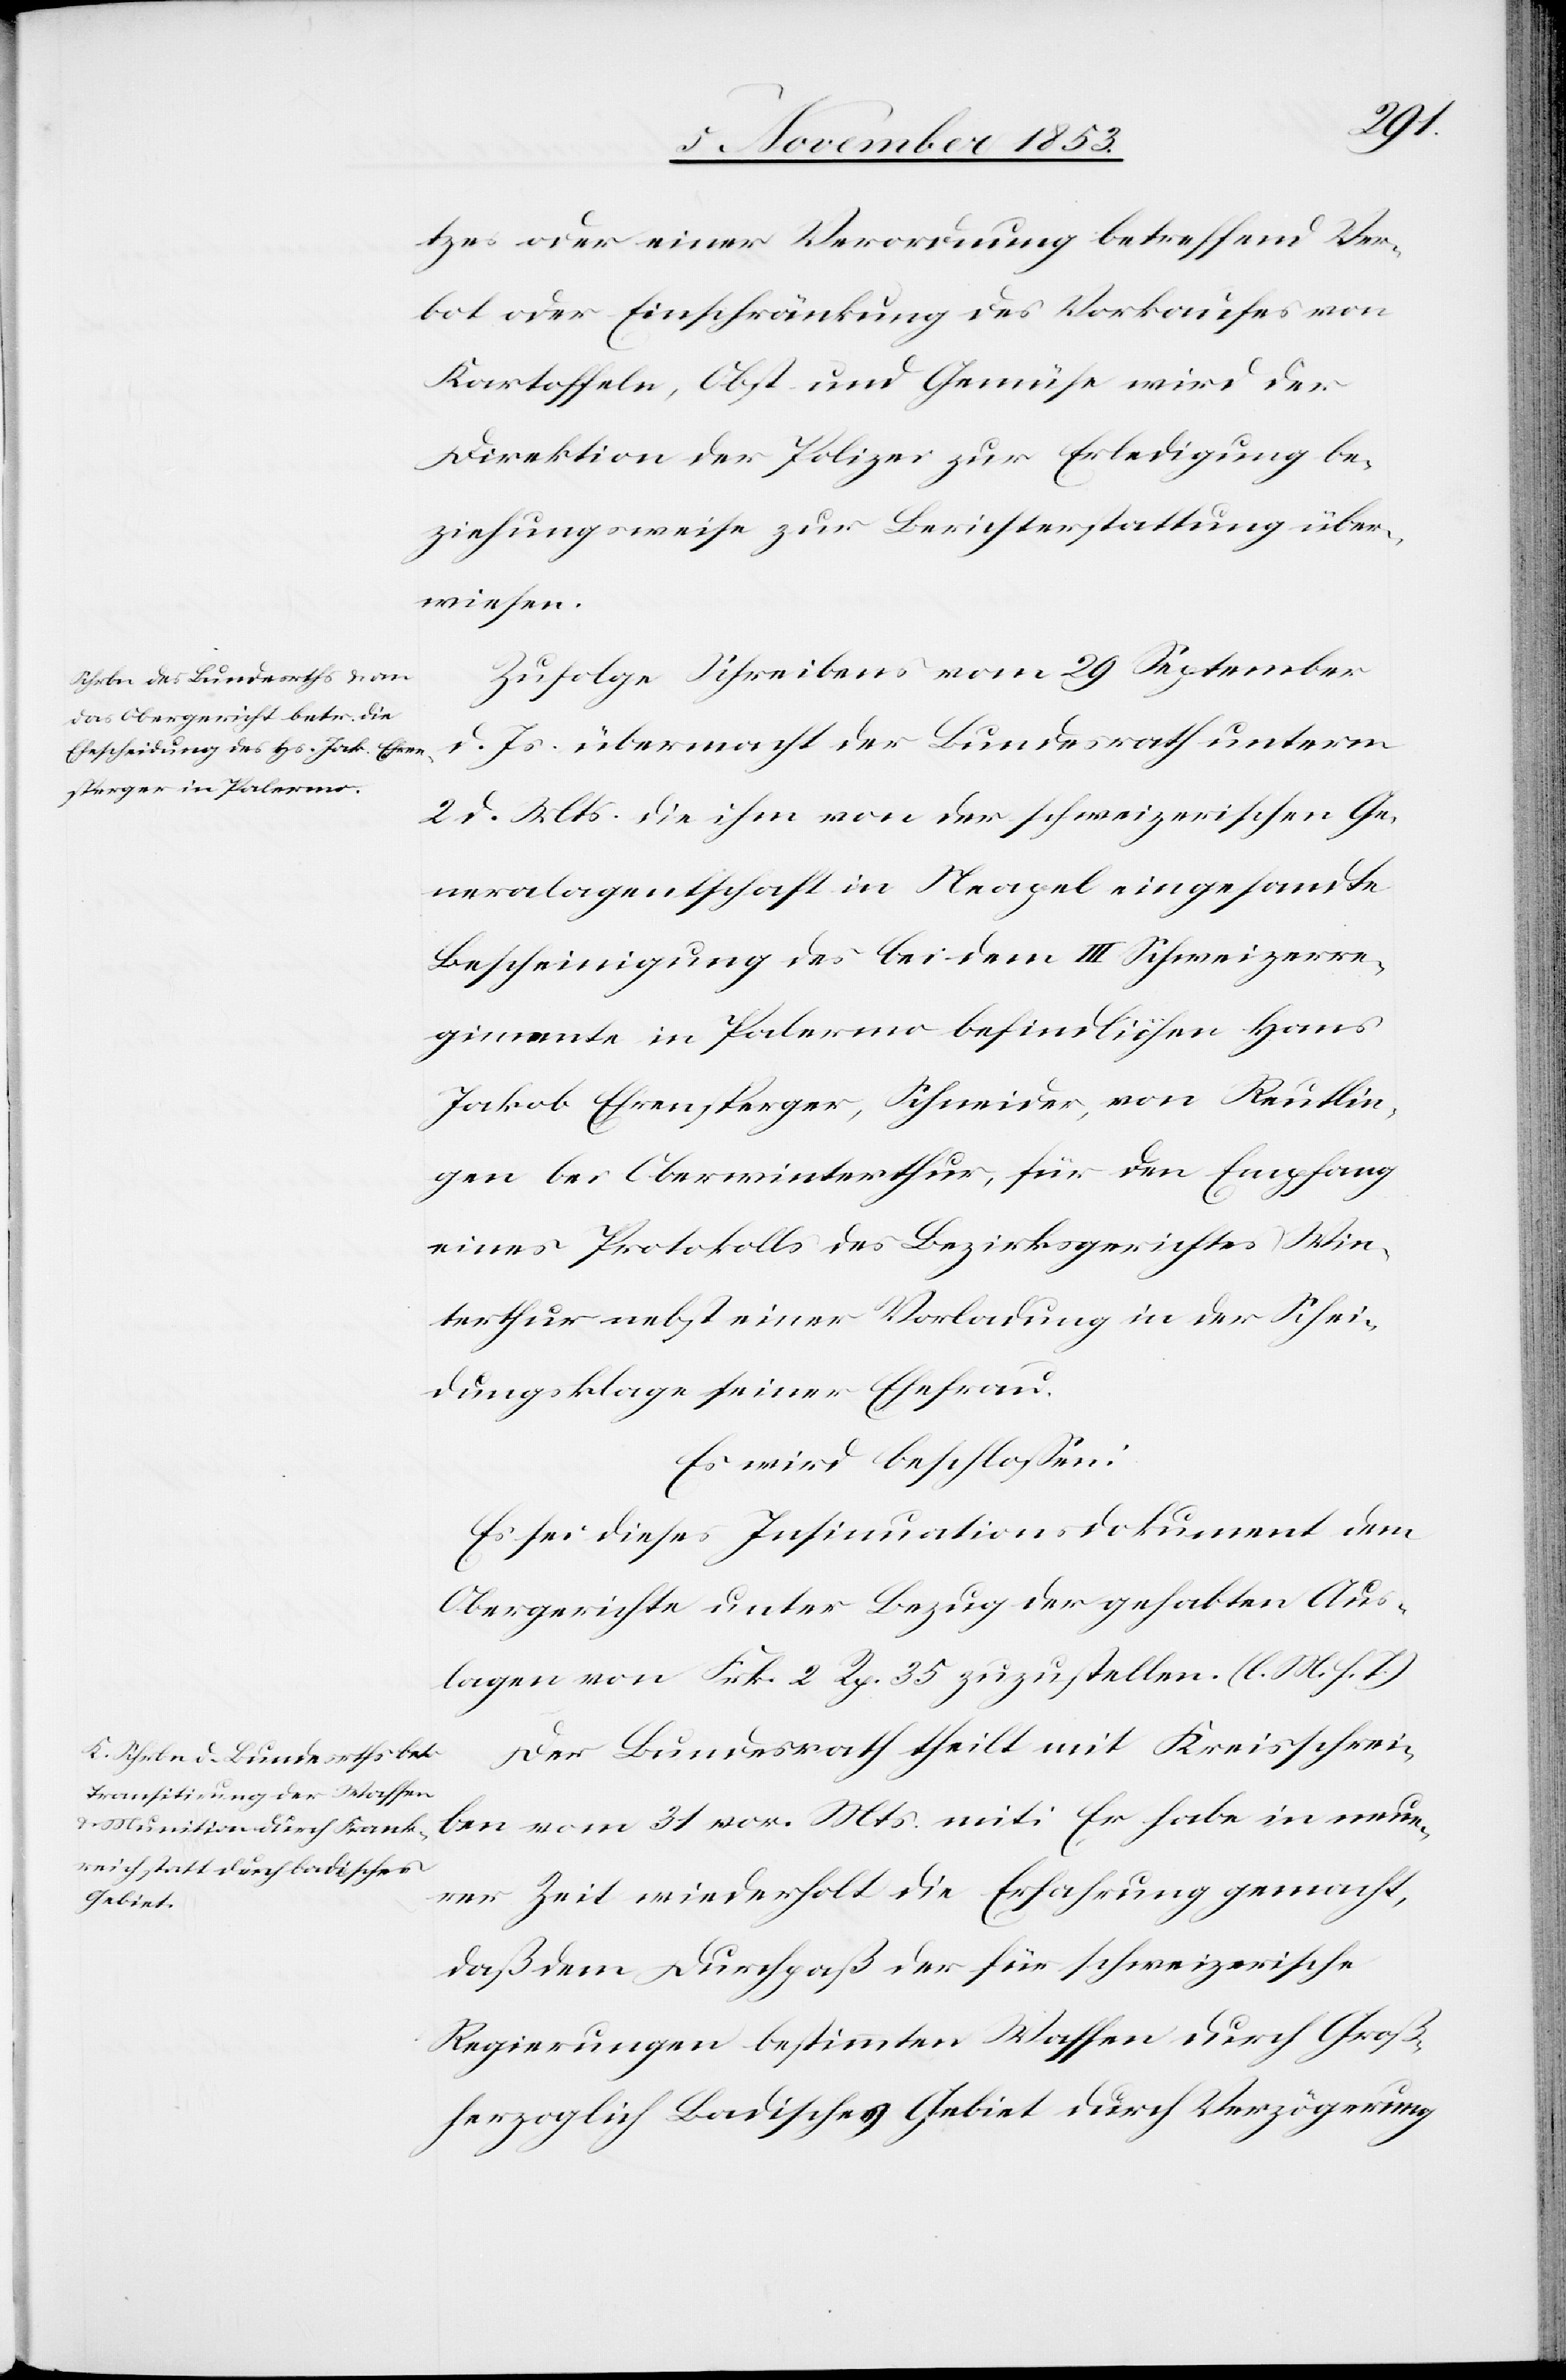
tzes oder einer Verordnung betreffend Ver¬
bot oder Einschränkung des Vorkaufes von
Kartoffeln, Obst und Gemüse wird der
Direktion der Polizei zur Erledigung be¬
ziehungsweise zur Berichterstattung über¬
wiesen.
Zufolge Schreibens vom 29 September
d. Js. übermacht der Bundesrath unterm
2 d. Mts. die ihm von der schweizerischen Ge¬
neralagentschaft in Neapel eingesandte
Bescheinigung des bei dem III Schweizerre¬
gimente in Palermo befindlichen Hans
Jakob Ehrensperger, Schneider, von Reutlin¬
gen bei Oberwinterthur, für den Empfang
eines Protokolls des Bezirksgerichtes Win¬
terthur nebst einer Vorladung in der Schei¬
dungsklage seiner Ehefrau.
Es wird beschloßen:
Es sei dieses Insinuationsdokument dem
Obergerichte unter Bezug der gehabten Aus¬
lagen von Frk. 2 Rp. 35 zuzustellen. [l. M. h. T]
Der Bundesrath theilt mit Kreisschrei¬
ben vom 31 vor. Mts. mit: Er habe in neue¬
rer Zeit wiederholt die Erfahrung gemacht,
daß dem Durchpaß der für schweizerische
Regierungen bestimmten Waffen durch Groß¬
herzoglich Badisches Gebiet durch Verzögerung